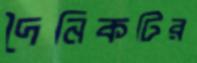
দৈনিকটির